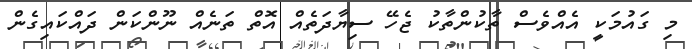
މި ގައުމަކީ އެއްވެސް ތާކުންތާކު ޖެހޭ ސިޔާދަތެއް އޮތް ތަނެއް ނޫންކަން ދައްކައިގެން